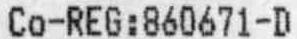
CO-REG:860671-D